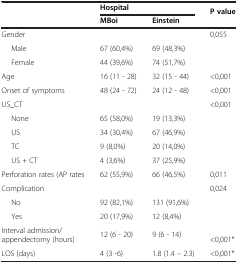
<table><thead><tr><td rowspan="2"><b> </b></td><td colspan="2"><b>Hospital</b></td><td rowspan="2"><b>P value</b></td></tr><tr><td><b>MBoi</b></td><td><b>Einstein</b></td></tr></thead><tbody><tr><td>Gender</td><td> </td><td> </td><td>0,055</td></tr><tr><td>Male</td><td>67 (60,4%)</td><td>69 (48,3%)</td><td> </td></tr><tr><td>Female</td><td>44 (39,6%)</td><td>74 (51,7%)</td><td> </td></tr><tr><td>Age</td><td>16 (11 - 28)</td><td>32 (15 - 44)</td><td>&lt;0,001</td></tr><tr><td>Onset of symptoms</td><td>48 (24 - 72)</td><td>24 (12 - 48)</td><td>&lt;0,001</td></tr><tr><td>US_CT</td><td> </td><td> </td><td>&lt;0,001</td></tr><tr><td>None</td><td>65 (58,0%)</td><td>19 (13,3%)</td><td> </td></tr><tr><td>US</td><td>34 (30,4%)</td><td>67 (46,9%)</td><td> </td></tr><tr><td>TC</td><td>9 (8,0%)</td><td>20 (14,0%)</td><td> </td></tr><tr><td>US + CT</td><td>4 (3,6%)</td><td>37 (25,9%)</td><td> </td></tr><tr><td>Perforation rates (AP rates</td><td>62 (55,9%)</td><td>66 (46,5%)</td><td>0,011</td></tr><tr><td>Complication</td><td> </td><td> </td><td>0,024</td></tr><tr><td>No</td><td>92 (82,1%)</td><td>131 (91,6%)</td><td> </td></tr><tr><td>Yes</td><td>20 (17,9%)</td><td>12 (8,4%)</td><td> </td></tr><tr><td>Interval admission/appendectomy (hours)</td><td>12 (6 - 20)</td><td>9 (6 - 14)</td><td>&lt;0,001*</td></tr><tr><td>LOS (days)</td><td>4 (3 -6)</td><td>1.8 (1.4 – 2.3)</td><td>&lt;0,001*</td></tr></tbody></table>